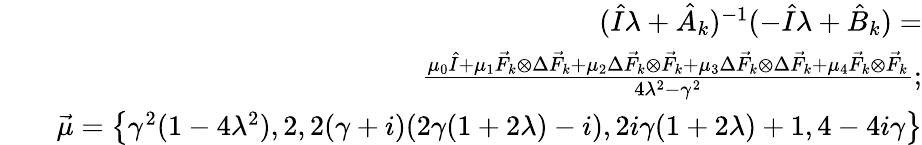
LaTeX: \begin{array}{rlr}&{}&{(\hat{I}\lambda+\hat{A}_{k})^{-1}(-\hat{I}\lambda+\hat{B}_{k})=}\\ &{}&{\frac{\mu_{0}\hat{I}+\mu_{1}\vec{F}_{k}\otimes\Delta\vec{F}_{k}+\mu_{2}\Delta\vec{F}_{k}\otimes\vec{F}_{k}+\mu_{3}\Delta\vec{F}_{k}\otimes\Delta\vec{F}_{k}+\mu_{4}\vec{F}_{k}\otimes\vec{F}_{k}}{4\lambda^{2}-\gamma^{2}};}\\ &{}&{\vec{\mu}=\left\{ \gamma^{2}(1-4\lambda^{2}),2,2(\gamma+i)(2\gamma(1+2\lambda)-i),2i\gamma(1+2\lambda)+1,4-4i\gamma\right\} }\end{array}